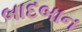
બાદબાન